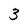
Character: 3